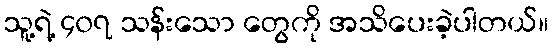
သူ့ရဲ့ ၄၀၇ သန်းသော တွေကို အသိပေးခဲ့ပါတယ်။